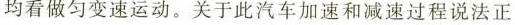
均看做匀变速运动。关于此汽车加速和减速过程说法正